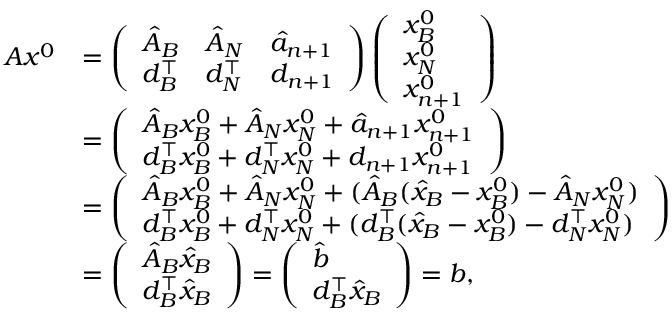
\begin{array} { r l } { A x ^ { 0 } } & { = \left( \begin{array} { l l l } { \hat { A } _ { B } } & { \hat { A } _ { N } } & { \hat { a } _ { n + 1 } } \\ { d _ { B } ^ { \top } } & { d _ { N } ^ { \top } } & { d _ { n + 1 } } \end{array} \right) \left( \begin{array} { l } { x _ { B } ^ { 0 } } \\ { x _ { N } ^ { 0 } } \\ { x _ { n + 1 } ^ { 0 } } \end{array} \right) } \\ & { = \left( \begin{array} { l } { \hat { A } _ { B } x _ { B } ^ { 0 } + \hat { A } _ { N } x _ { N } ^ { 0 } + \hat { a } _ { n + 1 } x _ { n + 1 } ^ { 0 } } \\ { d _ { B } ^ { \top } x _ { B } ^ { 0 } + d _ { N } ^ { \top } x _ { N } ^ { 0 } + d _ { n + 1 } x _ { n + 1 } ^ { 0 } } \end{array} \right) } \\ & { = \left( \begin{array} { l } { \hat { A } _ { B } x _ { B } ^ { 0 } + \hat { A } _ { N } x _ { N } ^ { 0 } + ( \hat { A } _ { B } ( \hat { x } _ { B } - x _ { B } ^ { 0 } ) - \hat { A } _ { N } x _ { N } ^ { 0 } ) } \\ { d _ { B } ^ { \top } x _ { B } ^ { 0 } + d _ { N } ^ { \top } x _ { N } ^ { 0 } + ( d _ { B } ^ { \top } ( \hat { x } _ { B } - x _ { B } ^ { 0 } ) - d _ { N } ^ { \top } x _ { N } ^ { 0 } ) } \end{array} \right) } \\ & { = \left( \begin{array} { l } { \hat { A } _ { B } \hat { x } _ { B } } \\ { d _ { B } ^ { \top } \hat { x } _ { B } } \end{array} \right) = \left( \begin{array} { l } { \hat { b } } \\ { d _ { B } ^ { \top } \hat { x } _ { B } } \end{array} \right) = b , } \end{array}